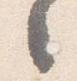
之